65_HS1-834228961_62-HQ-83894_Section_2
Agency: FBI
Page 147
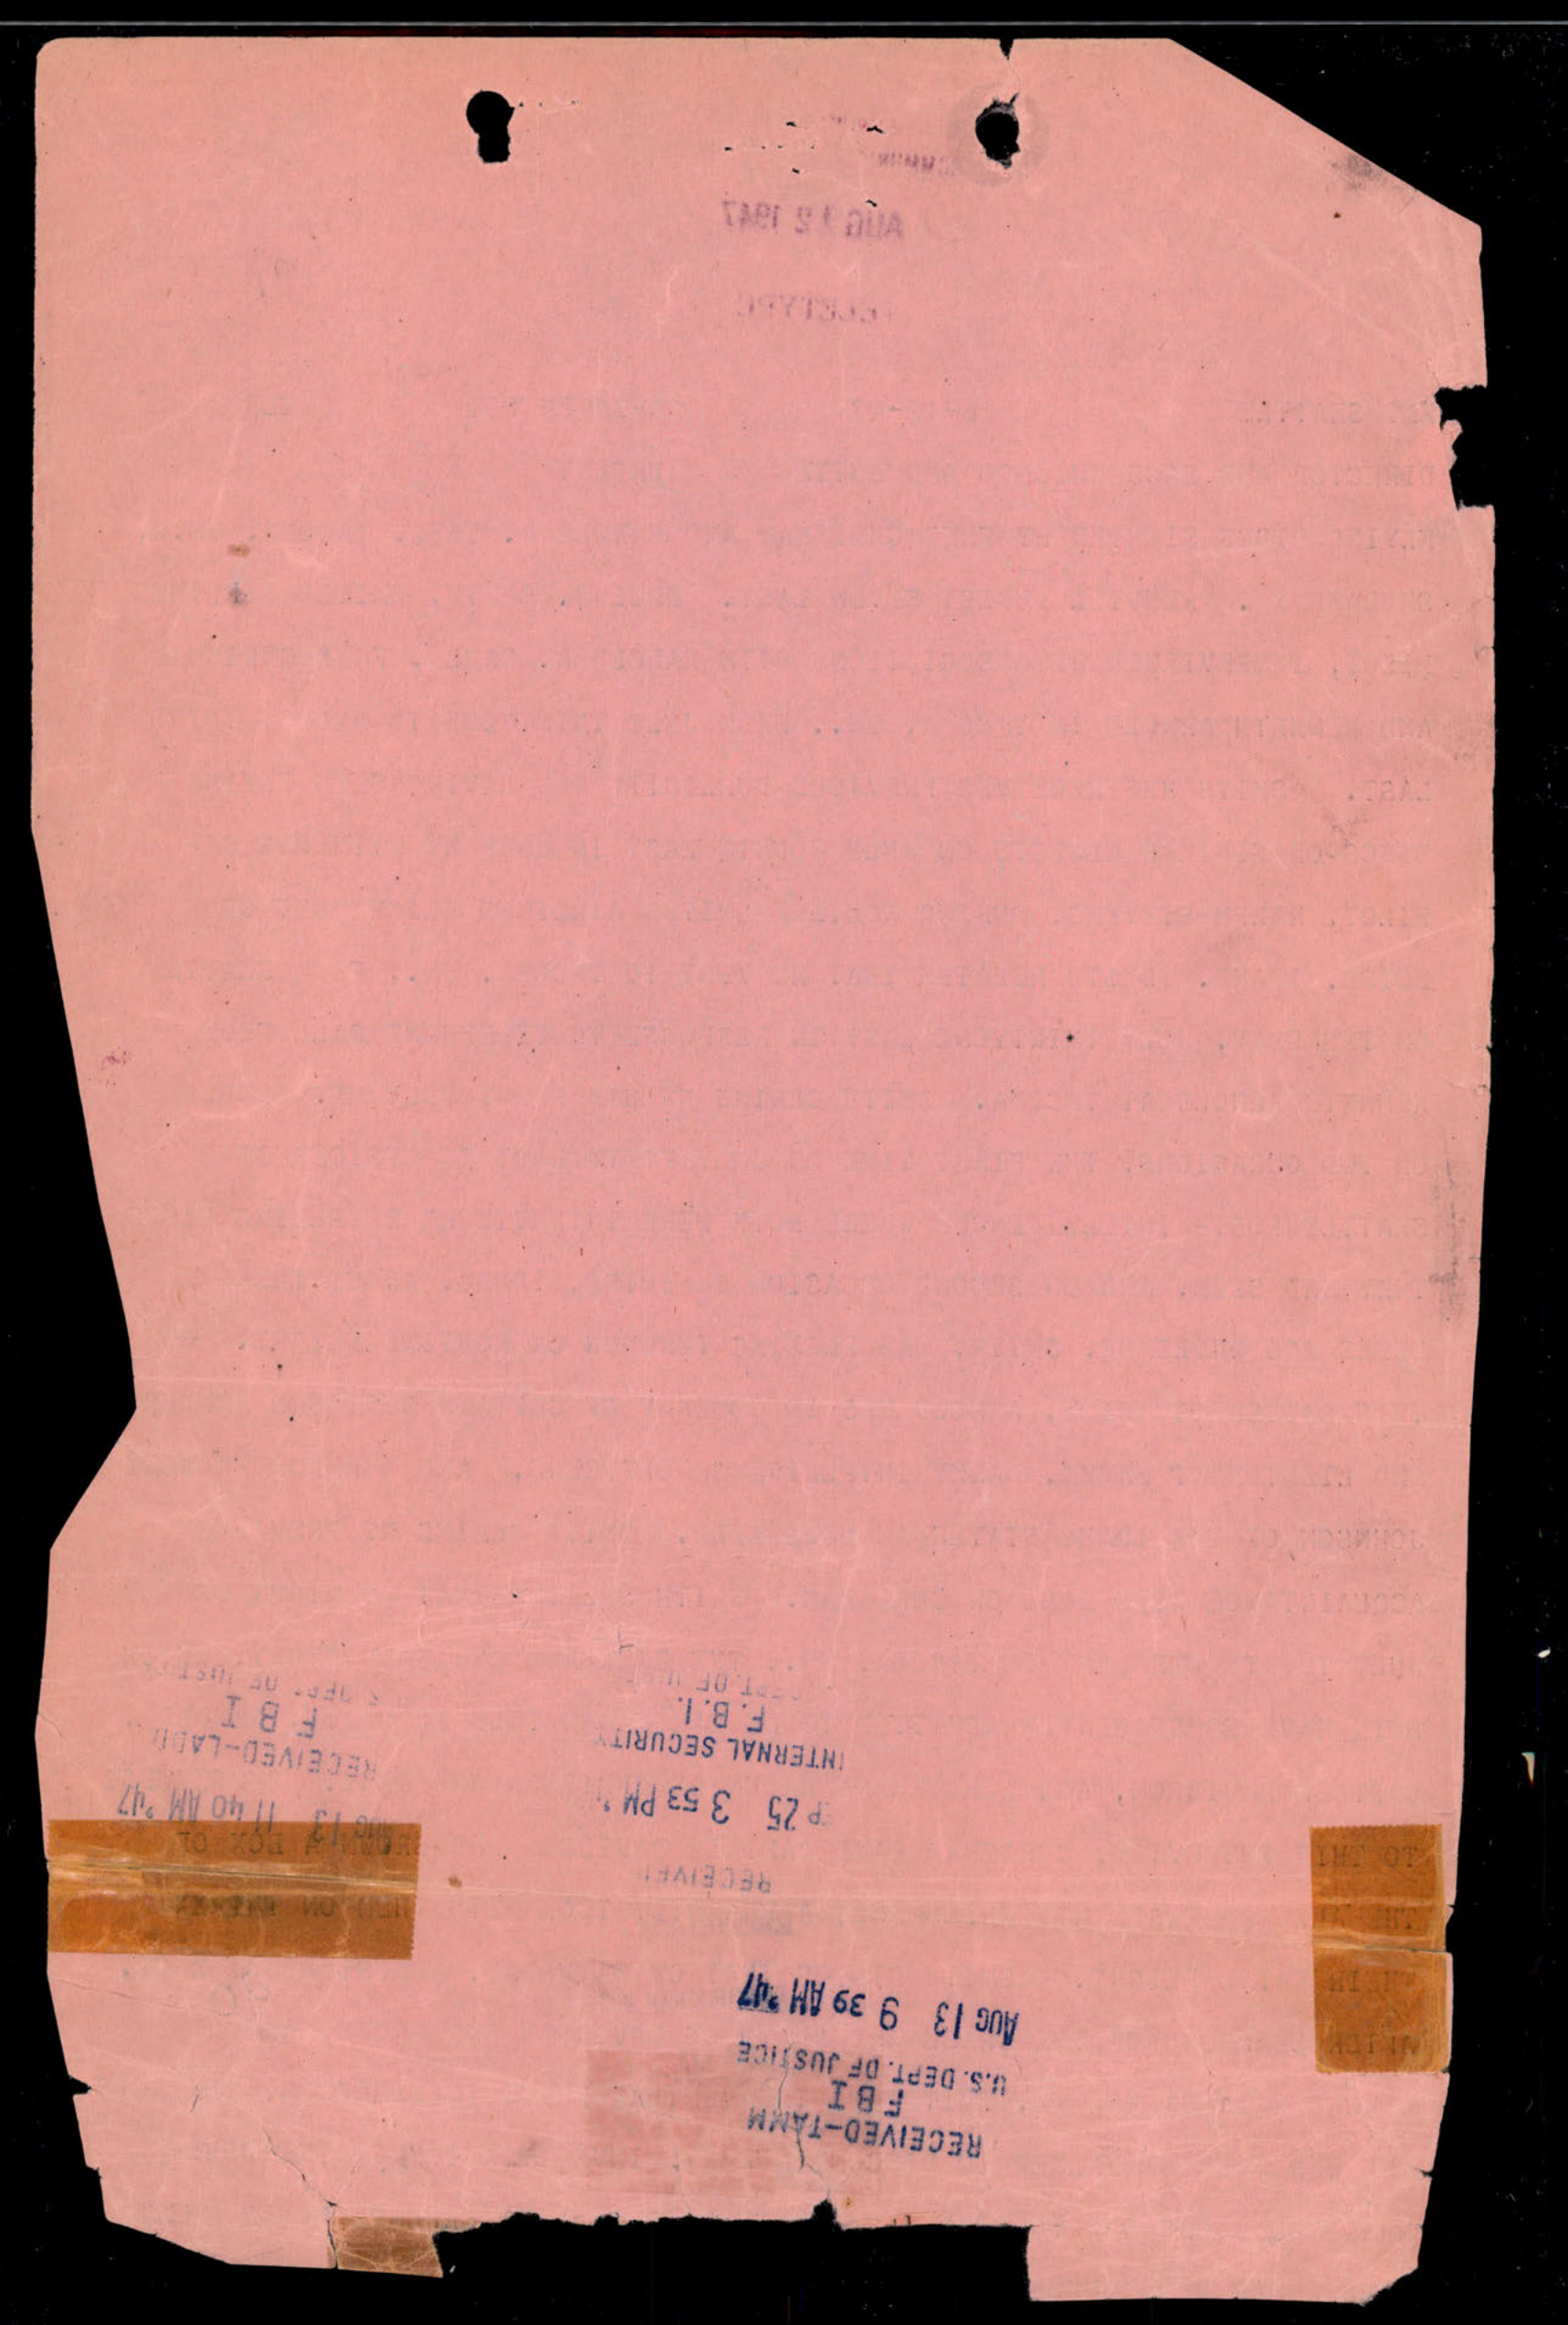